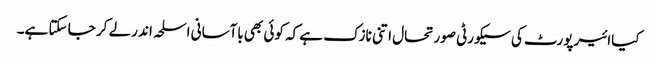
کیاائیر پورٹ کی سیکورٹی صورتحال اتنی نازک ہے کہ کوئی بھی باآسانی اسلحہ اند رلے کر جا سکتا ہے۔